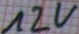
Text: 12V